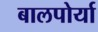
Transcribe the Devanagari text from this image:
बालपोर्या